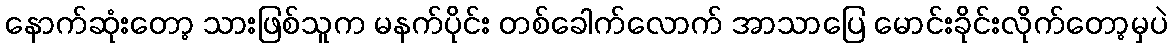
နောက်ဆုံးတော့ သားဖြစ်သူက မနက်ပိုင်း တစ်ခေါက်လောက် အာသာပြေ မောင်းခိုင်းလိုက်တော့မှပဲ